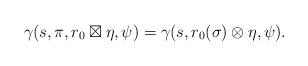
LaTeX: \begin{align*} \gamma(s,\pi,r_0 \boxtimes \eta,\psi) = \gamma(s,r_0(\sigma)\otimes\eta,\psi).\end{align*}